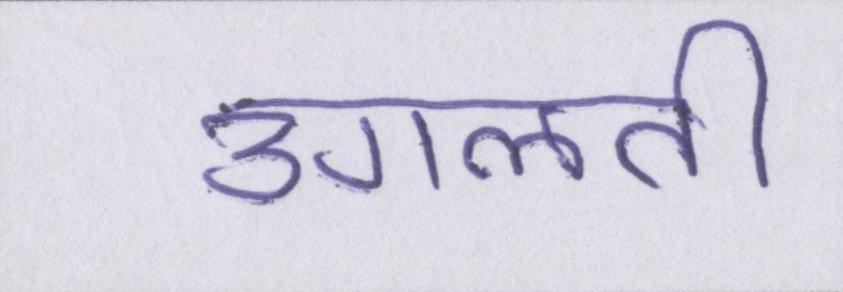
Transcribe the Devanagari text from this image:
उगलती